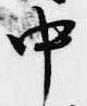
中